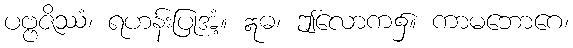
ပဗ္ဗဇိဿံ၊ ရဟန်းပြုအံ့။ ဣဓ၊ ဤလောက၌။ ကာမဘောဂေ၊